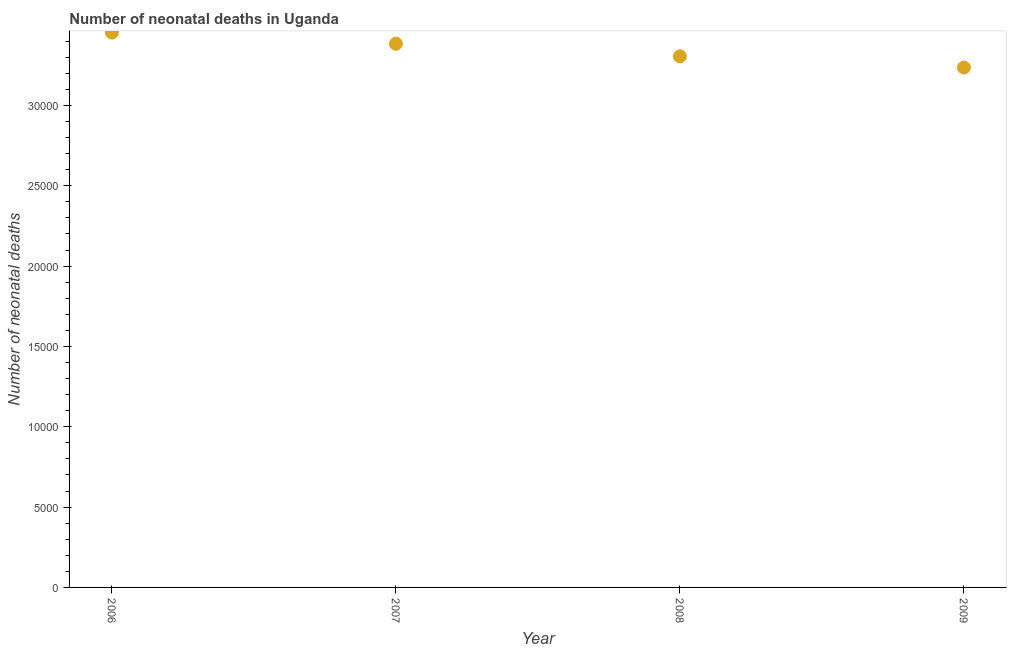
| Year | Neonatal deaths |
 | --- | --- |
 | 2006 | 3.45e+04 |
 | 2007 | 3.38e+04 |
 | 2008 | 3.31e+04 |
 | 2009 | 3.24e+04 |